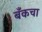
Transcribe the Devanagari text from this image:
बँकचा